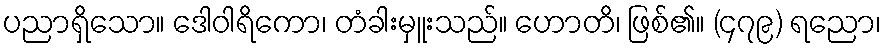
ပညာရှိသော။ ဒေါဝါရိကော၊ တံခါးမှူးသည်။ ဟောတိ၊ ဖြစ်၏။ (၄၇၉) ရညော၊